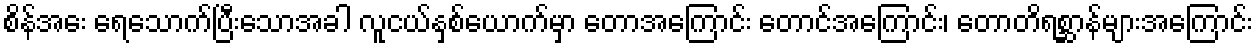
စိန်အေး ရေသောက်ပြီးသောအခါ လူငယ်နှစ်ယောက်မှာ တောအကြောင်း တောင်အကြောင်း၊ တောတိရစ္ဆာန်များအကြောင်း